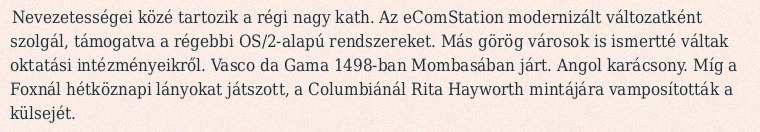
Nevezetességei közé tartozik a régi nagy kath. Az eComStation modernizált változatként szolgál, támogatva a régebbi OS/2-alapú rendszereket. Más görög városok is ismertté váltak oktatási intézményeikről. Vasco da Gama 1498-ban Mombasában járt. Angol karácsony. Míg a Foxnál hétköznapi lányokat játszott, a Columbiánál Rita Hayworth mintájára vamposították a külsejét.